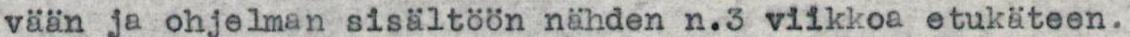
vään ja ohjelman sisältöön nähden n.3 viikkoa etukäteen.